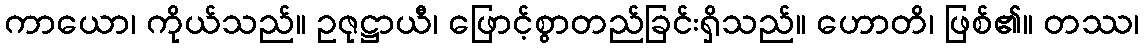
ကာယော၊ ကိုယ်သည်။ ဥဇုဋ္ဌာယီ၊ ဖြောင့်စွာတည်ခြင်းရှိသည်။ ဟောတိ၊ ဖြစ်၏။ တဿ၊